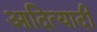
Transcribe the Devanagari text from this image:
आदित्यादी